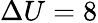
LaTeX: \Delta U=8